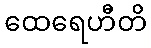
ထေရေဟီတိ